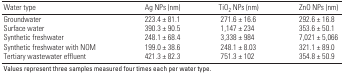
<table><thead><tr><td><b>Water type</b></td><td><b>Ag NPs (nm)</b></td><td><b>TiO<sub>2</sub> NPs (nm)</b></td><td><b>ZnO NPs (nm)</b></td></tr></thead><tbody><tr><td><b>Groundwater</b></td><td>223.4 ± 81.1</td><td>271.6 ± 16.6</td><td>292.6 ± 16.8</td></tr><tr><td><b>Surface water</b></td><td>390.3 ± 90.5</td><td>1,147 ± 234</td><td>353.6 ± 50.1</td></tr><tr><td><b>Synthetic freshwater</b></td><td>248.1 ± 68.4</td><td>3,338 ± 984</td><td>7,021 ± 5,066</td></tr><tr><td><b>Synthetic freshwater with NOM</b></td><td>199.0 ± 38.6</td><td>248.1 ± 8.03</td><td>321.1 ± 89.0</td></tr><tr><td><b>Tertiary wastewater effluent</b></td><td>421.3 ± 82.3</td><td>751.3 ± 102</td><td>354.8 ± 50.9</td></tr><tr><td colspan="4">Values represent three samples measured four times each per water type.</td></tr></tbody></table>